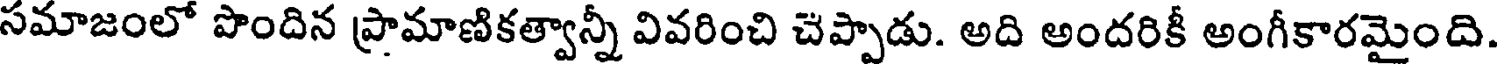
సమాజంలో పొందిన ప్రామాణికత్వాన్నీ వివరించి చెప్పాడు. అది అందరికీ అంగీకారమైంది.